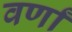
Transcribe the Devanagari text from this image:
वर्णां